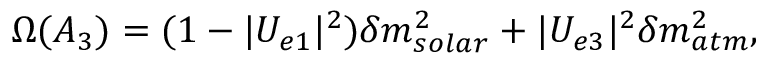
\Omega ( A _ { 3 } ) = ( 1 - | U _ { e 1 } | ^ { 2 } ) \delta m _ { s o l a r } ^ { 2 } + | U _ { e 3 } | ^ { 2 } \delta m _ { a t m } ^ { 2 } ,